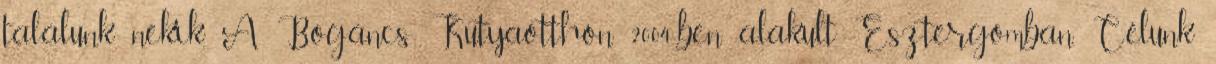
találunk nekik. A Bogáncs Kutyaotthon 2004-ben alakult Esztergomban. Célunk